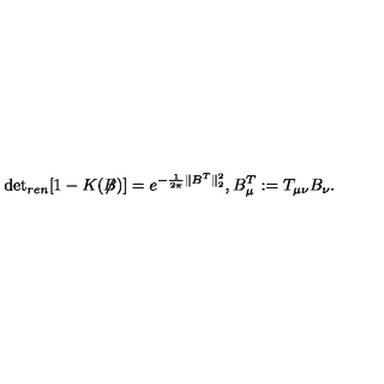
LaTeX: \mathrm { d e t } _ { r e n } [ 1 - K ( \not { \! \! B } ) ] = e ^ { - \frac { 1 } { 2 \pi } \| B ^ { T } \| _ { 2 } ^ { 2 } } , B _ { \mu } ^ { T } : = T _ { \mu \nu } B _ { \nu } .